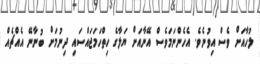
ލުހާއަށް ވެސް އިވުނެވެ. އެހެންނަމަވެސް އޭނާއަށް ޔަލާގެ ހިތްހަމަޖައްސައި ދިނުމަށް ބުނާނޭ އެއްޗެއް